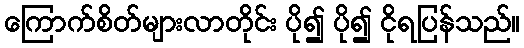
ကြောက်စိတ်များလာတိုင်း ပို၍ ပို၍ ငိုရပြန်သည်။